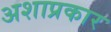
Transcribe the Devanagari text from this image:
अशाप्रकार